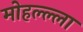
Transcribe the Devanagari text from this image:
मोहल्ल्ला